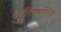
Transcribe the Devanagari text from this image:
पुंडलिकाचेनि